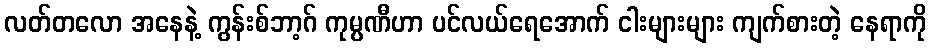
လတ်တလော အနေနဲ့ ကွန်းစ်ဘာ့ဂ် ကုမ္ပဏီဟာ ပင်လယ်ရေအောက် ငါးများများ ကျက်စားတဲ့ နေရာကို